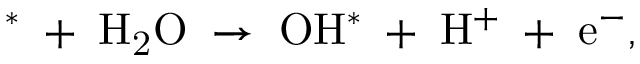
\mathrm { ^ { * } \; + \; H _ { 2 } O \; \rightarrow \; O H ^ { * } \; + \; H ^ { + } \; + \; e ^ { - } } ,